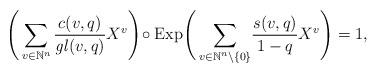
LaTeX: \begin{align*}\Bigg(\sum_{v\in\mathbb{N}^n} \frac { c(v,q) } {\mathit{gl}(v,q) } X^v\Bigg) \!\circ \mathrm{Exp} \Bigg(\sum_{v\in\mathbb{N}^n\backslash\{0\}} \!\frac{s(v,q)}{1-q} X^v\Bigg) = 1,\\\end{align*}